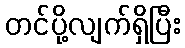
တင်ပို့လျက်ရှိပြီး